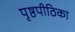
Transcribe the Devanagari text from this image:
पृष्ठपीठिका